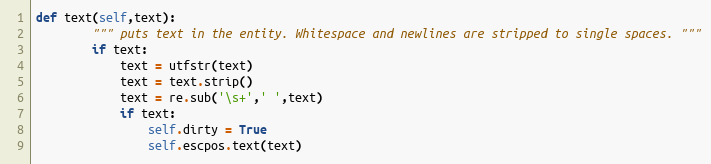
Language: Python
def text(self,text):
        """ puts text in the entity. Whitespace and newlines are stripped to single spaces. """
        if text:
            text = utfstr(text)
            text = text.strip()
            text = re.sub('\s+',' ',text)
            if text:
                self.dirty = True
                self.escpos.text(text)